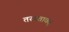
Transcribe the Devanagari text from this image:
तस्यतावत्